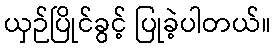
ယှဉ်ပြိုင်ခွင့် ပြုခဲ့ပါတယ်။